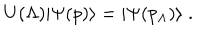
U ( \Lambda ) | \Psi ( p ) \rangle = | \Psi ( p _ { \Lambda } ) \rangle \; .